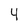
Character: 4